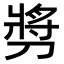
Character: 𫦔